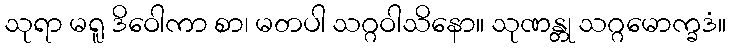
သုရာ မရူ ဒိဝေါကာ စာ၊ မတပါ သဂ္ဂဝါသိနော။ သုဏန္တု သဂ္ဂမောက္ခဒံ။